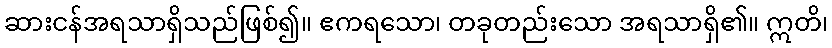
ဆားငန်အရသာရှိသည်ဖြစ်၍။ ဧကရသော၊ တခုတည်းသော အရသာရှိ၏။ ဣတိ၊